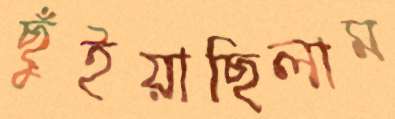
ছুঁইয়াছিলাম